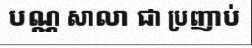
បណ្ណ សាលា ជា ប្រញាប់